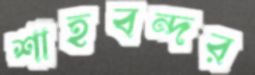
শাহবন্দর